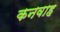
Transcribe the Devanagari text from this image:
कनवाह